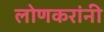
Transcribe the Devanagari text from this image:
लोणकरांनी